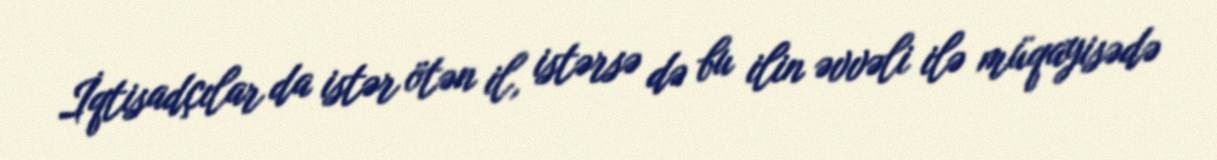
İqtisadçılar da istər ötən il, istərsə də bu ilin əvvəli ilə müqayisədə